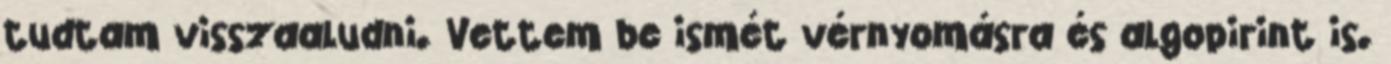
tudtam visszaaludni. Vettem be ismét vérnyomásra és algopirint is.